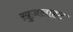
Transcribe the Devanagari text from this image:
ख़ुजलाहट